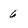
Character: 6